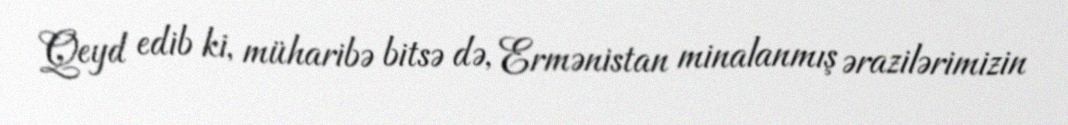
Qeyd edib ki, müharibə bitsə də, Ermənistan minalanmış ərazilərimizin